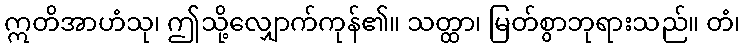
ဣတိအာဟံသု၊ ဤသို့လျှောက်ကုန်၏။ သတ္ထာ၊ မြတ်စွာဘုရားသည်။ တံ၊